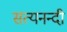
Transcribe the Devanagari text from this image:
सत्यनन्दी